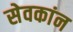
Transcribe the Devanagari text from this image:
सेवकांन